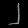
Digit: ၂